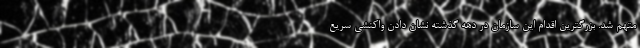
متهم شد. بزرگترین اقدام این سازمان در دهه گذشته نشان دادن واکنشی سریع